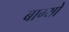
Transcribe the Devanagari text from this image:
बाग्यो